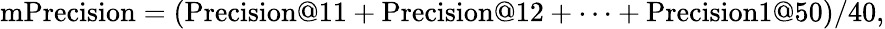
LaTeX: \mathrm{mPrecision}=(\mathrm{Precision}@11+\mathrm{Precision}@12+\cdots+\mathrm{Precision}1@50)/40,